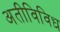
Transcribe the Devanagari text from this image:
अतीविविध